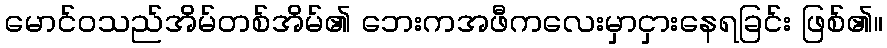
မောင်ဝသည်အိမ်တစ်အိမ်၏ ဘေးကအဖီကလေးမှာငှားနေရခြင်း ဖြစ်၏။